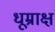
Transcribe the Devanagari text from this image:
धूम्राक्ष